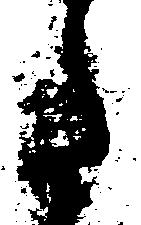
た